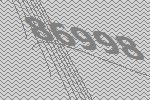
86998